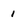
Character: 1